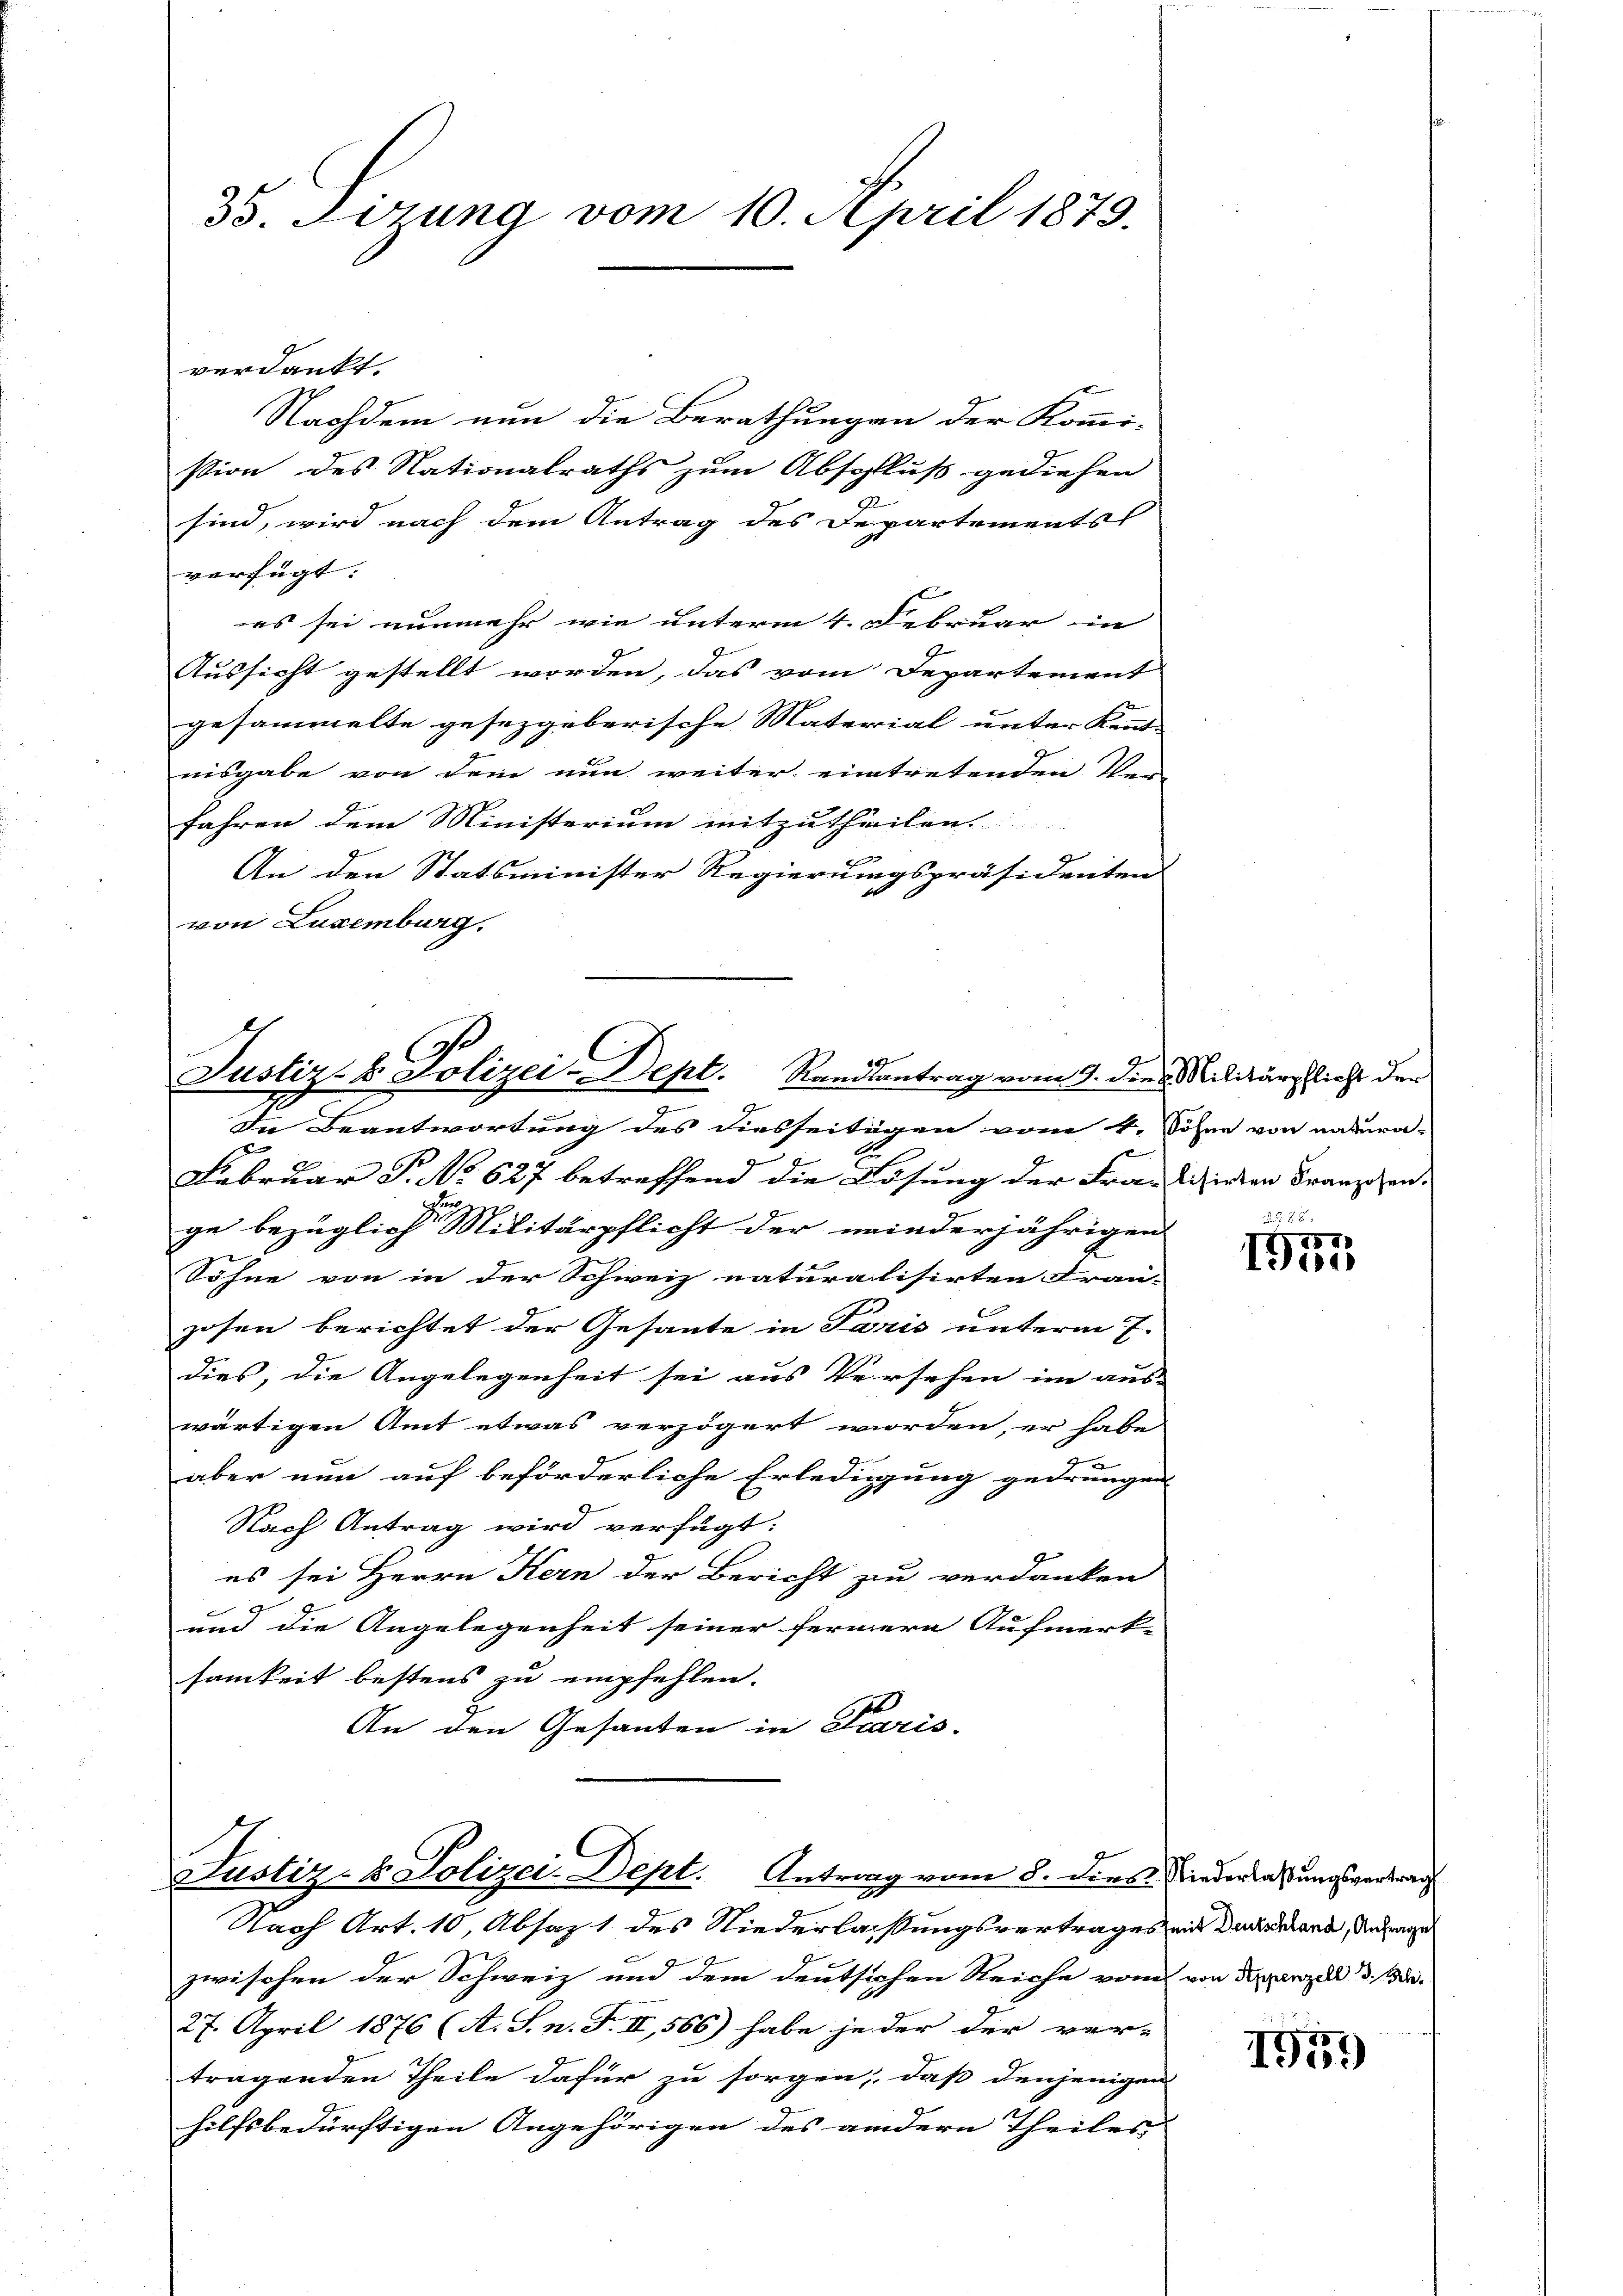
33. Sizung vom 10. April 1879.

verdankt.
Nachdem nun die Berathungen der Kommi-
stion des Nationalraths zum Abschluß gediehen
sind, wird nach dem Antrag des Departements
verfügt:
es sei nunmehr wie unterm 4. Februar in
Aussicht gestellt worden, das vom Departement
gesammelte gesezgeberische Material unter Kennt-
nisgabe von dem nun weiter eintretenden Bei
Jahren dem Ministerium mitzutheilen.
An den Statsminister Regierungspräsidenten
von Luxenburg.

Justiz- & Polizei-Dept. Randsantrag vom 9. dies Militärpflicht der

Justiz- & Polizei-Dept. Antrag vom 8. dies Niederlassungsvertrag

In Beantwortung des diesseitigen vom 4. Söhne von natura-
p
E
Februar P. No 627 betreffend die Lösung der Frantizirten Franzigen.
ge bezüglich Militärpflicht der meinderjährigen
Söhne von in der Schweiz naturalisirten Fran-
zosen berichtet der Gesante in Paris unterm 7.
dies, die Angelegenheit sei aus Versehen im aus-
wärtigen Amt etwas verzögert worden, er habe
aber nun auf beförderliche Erledigung gedrungen
Nach Antrag wird verfügt:
es sei Herrn Kern der Bericht zu verdanken
und die Angelegenheit seiner fernern Aufmerk-
samkeit bestens zu empfehlen.
An den Gesanten in Paris-

Nach Art. 10, Absaz 1 des Niederlassungsvertrages mit denkend, da dage
zwischen der Schweiz und dem deutsichen Reiche vom von de parzell d. M.
27. April 1876 (A. S. n. F. II, 566) habe jeder der ver-
tragenden Theile dafür zu sorgen, daß denjenigen
hilfsbedürftigen Angehörigen des andern Theiles |

78 x

1951

1957